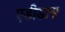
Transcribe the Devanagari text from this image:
एडीडास